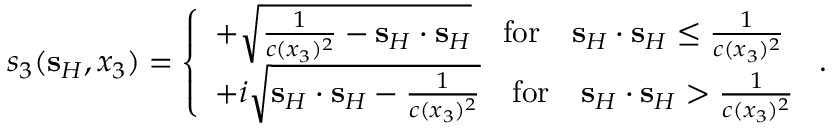
s _ { 3 } ( { \bf s } _ { H } , x _ { 3 } ) = \left\{ \begin{array} { l l } { + \sqrt { \frac { 1 } { c ( x _ { 3 } ) ^ { 2 } } - { \bf s } _ { H } \cdot { \bf s } _ { H } } \quad \mathrm { f o r } \quad { \bf s } _ { H } \cdot { \bf s } _ { H } \leq \frac { 1 } { c ( x _ { 3 } ) ^ { 2 } } } \\ { + i \sqrt { { \bf s } _ { H } \cdot { \bf s } _ { H } - \frac { 1 } { c ( x _ { 3 } ) ^ { 2 } } } \quad \mathrm { f o r } \quad { \bf s } _ { H } \cdot { \bf s } _ { H } > \frac { 1 } { c ( x _ { 3 } ) ^ { 2 } } } \end{array} \right. .